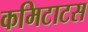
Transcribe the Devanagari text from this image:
कमिटाटस